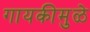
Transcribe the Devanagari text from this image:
गायकीमुळे